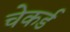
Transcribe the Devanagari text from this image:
चेकर्ड